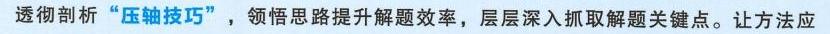
透彻剖析“压轴技巧”，领悟思路提升解题效率，层层深入抓取解题关键点。让方法应